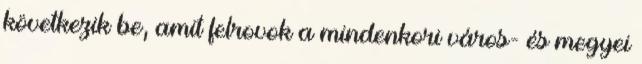
következik be, amit felrovok a mindenkori város- és megyei